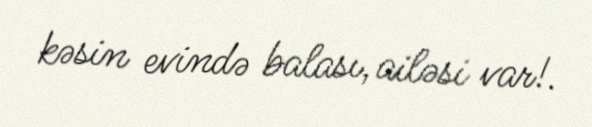
kəsin evində balası, ailəsi var!.